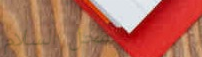
محل السلام